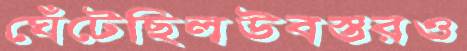
ঘেঁটেছিলউবস্তরও